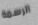
الرسمة